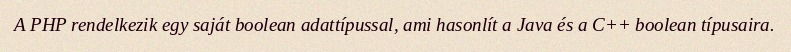
A PHP rendelkezik egy saját boolean adattípussal, ami hasonlít a Java és a C++ boolean típusaira.